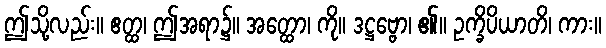
ဤသို့လည်း။ ဧတ္ထ၊ ဤအရာ၌။ အတ္ထော၊ ကို။ ဒဋ္ဌဗ္ဗော၊ ၏။ ဥက္ခိပိယာတိ၊ ကား။